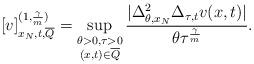
LaTeX: \begin{align*}\lbrack v]_{x_{N},t,\overline{Q}}^{(1,\frac{\gamma}{m})}=\sup_{\substack{\theta>0,\tau>0\\(x,t)\in\overline{Q}}}\frac{|\Delta_{\theta,x_{N}}^{2}\Delta_{\tau,t}v(x,t)|}{\theta\tau^{\frac{\gamma}{m}}}.\end{align*}